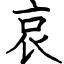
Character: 哀